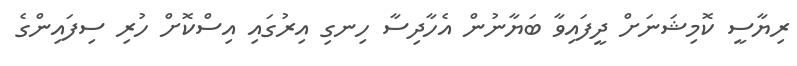
ރިޔާސީ ކޮމިޝަނަށް ދީފައިވާ ބަޔާނުން އެހާދިސާ ހިނގި އިރުގައި އިސްކޮށް ހުރި ސިފައިންގެ